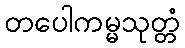
တပေါကမ္မသုတ္တံ